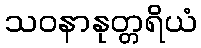
သဝနာနုတ္တရိယံ